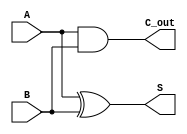
module CarryLookaheadHalfAdder (
    input wire A,       // 1-bit input A
    input wire B,       // 1-bit input B
    output wire S,      // 1-bit output Sum
    output wire C_out   // 1-bit output Carry-out
);

    // Internal signals for generate and propagate
    wire G; // Generate signal
    wire P; // Propagate signal

    // Generate signal: G = A AND B
    assign G = A & B;

    // Propagate signal: P = A XOR B
    assign P = A ^ B;

    // Sum calculation: S = A XOR B
    assign S = P; // Sum can be directly assigned as it is equal to P

    // Carry-out calculation: C_out = G
    assign C_out = G;

endmodule